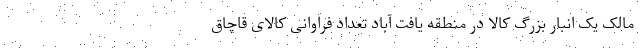
مالک یک انبار بزرگ کالا در منطقه یافت آباد تعداد فراوانی کالای قاچاق